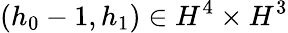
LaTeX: (h_{0}-1,h_{1})\in H^{4}\times H^{3}